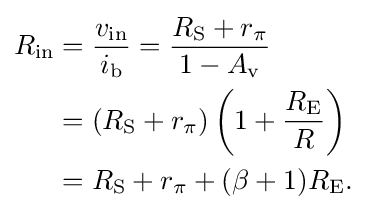
{\begin{aligned}R_{\text{in}}&={\frac {v_{\text{in}}}{i_{\text{b}}}}={\frac {R_{\text{S}}+r_{\pi }}{1-A_{\text{v}}}}\\&=\left(R_{\text{S}}+r_{\pi }\right)\left(1+{\frac {R_{\text{E}}}{R}}\right)\\&=R_{\text{S}}+r_{\pi }+(\beta +1)R_{\text{E}}.\end{aligned}}